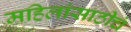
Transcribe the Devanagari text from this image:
महिलांसाठीचं